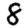
Digit: 8